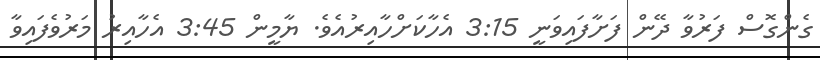
ގެންގޮސް ފަރުވާ ދޭން ފަށާފައިވަނީ 3:15 އެހާކަށްހާއިރުއެވެ. ޔާމީން 3:45 އެހާއިރު މަރުވެފައިވާ